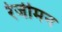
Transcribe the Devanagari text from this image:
रेजीमन